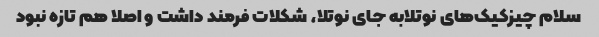
سلام چیزکیک‌های نوتلابه جای نوتلا، شکلات فرمند داشت و اصلا هم تازه نبود